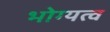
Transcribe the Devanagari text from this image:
भोग्यत्व